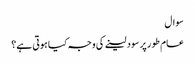
سوال
عام طور پر سود لینے کی وجہ کیا ہوتی ہے؟